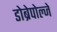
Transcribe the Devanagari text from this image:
डोब्रेपोल्जे